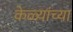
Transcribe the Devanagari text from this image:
केळ्यांच्या